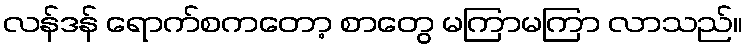
လန်ဒန် ရောက်စကတော့ စာတွေ မကြာမကြာ လာသည်။